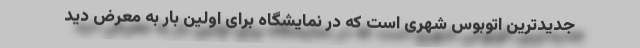
جدیدترین اتوبوس شهری است که در نمایشگاه برای اولین بار به معرض دید